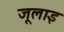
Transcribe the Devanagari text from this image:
जूलाइ